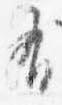
有